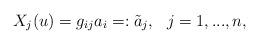
LaTeX: \begin{align*}X_j(u)=g_{ij}a_i=:\tilde a_j,\ \ j=1,...,n,\end{align*}